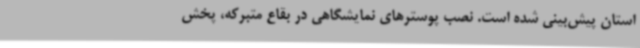
استان پیش‌بینی شده است. نصب پوسترهای نمایشگاهی در بقاع متبرکه، پخش